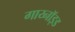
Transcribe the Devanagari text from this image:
गाय्नॉइड